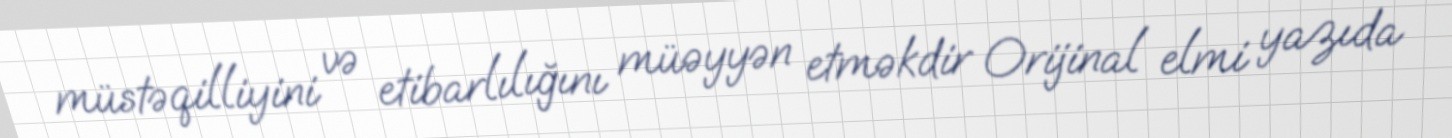
müstəqilliyini və etibarlılığını müəyyən etməkdir Orijinal elmi yazıda